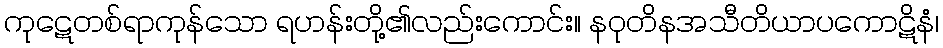
ကုဋေတစ်ရာကုန်သော ရဟန်းတို့၏လည်းကောင်း။ နဝုတိနအသီတိယာပကောဋိနံ၊